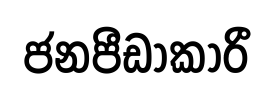
ජනපීඩාකාරී